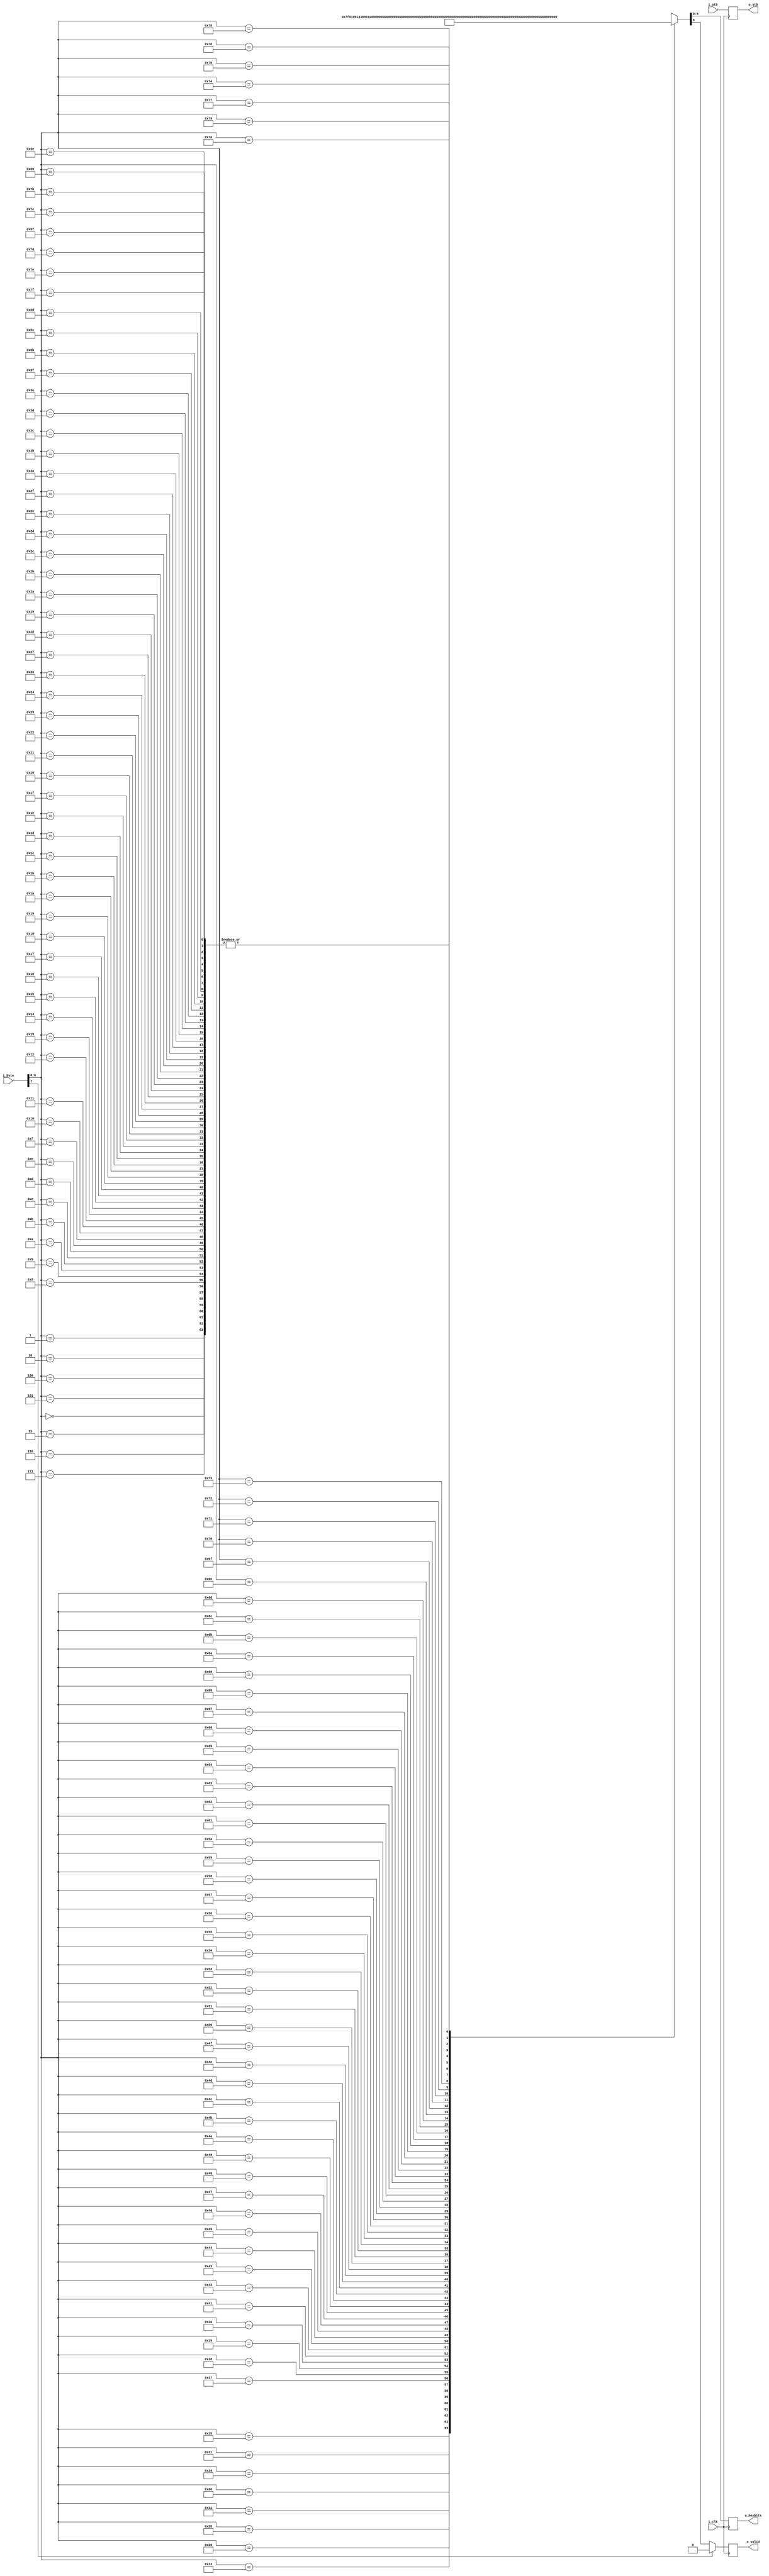
////////////////////////////////////////////////////////////////////////////////
//
//
// Project:	FPGA library
//
// Purpose:	Supports a printable character conversion from a printable
//		ASCII character to six bits of valid data.  The encoding is
//		as follows:
//
//		0-9	->	0-9
//		A-Z	->	10-35
//		a-z	->	36-61
//		@	->	62
//		%	->	63
//
//		Note that decoding is stateless, yet requires one clock.
//
//
// Creator:	Dan Gisselquist, Ph.D.
//		Gisselquist Technology, LLC
//
////////////////////////////////////////////////////////////////////////////////
//
// Copyright (C) 2015-2020, Gisselquist Technology, LLC
//
// This program is free software (firmware): you can redistribute it and/or
// modify it under the terms of  the GNU General Public License as published
// by the Free Software Foundation, either version 3 of the License, or (at
// your option) any later version.
//
// This program is distributed in the hope that it will be useful, but WITHOUT
// ANY WARRANTY; without even the implied warranty of MERCHANTIBILITY or
// FITNESS FOR A PARTICULAR PURPOSE.  See the GNU General Public License
// for more details.
//
// You should have received a copy of the GNU General Public License along
// with this program.  (It's in the $(ROOT)/doc directory.  Run make with no
// target there if the PDF file isn't present.)  If not, see
// <http://www.gnu.org/licenses/> for a copy.
//
// License:	GPL, v3, as defined and found on www.gnu.org,
//		http://www.gnu.org/licenses/gpl.html
//
//
////////////////////////////////////////////////////////////////////////////////
//
//
module	wbutohex(i_clk, i_stb, i_byte, o_stb, o_valid, o_hexbits);
	input	wire		i_clk, i_stb;
	input	wire	[7:0]	i_byte;
	output	reg		o_stb, o_valid;
	output	reg	[5:0]	o_hexbits;

	initial	o_stb = 1'b0;
	always @(posedge i_clk)
		o_stb <= i_stb;

	reg	[6:0]	remap	[0:127];

	integer	k;
	reg	[6:0]	newv;

	always @(*)
	// initial
	begin
		for(k=0; k<128; k=k+1)
		begin
			newv = 7'h40;
			// verilator lint_off WIDTH
			if ((k >= 48)&&(k <= 57)) // A digit
			begin
				newv = k;
				newv[6:4] = 3'b100;
			end else if ((k >= 65)&&(k <= 90)) // Upper case
			begin
				newv[5:0] = ((k&8'h3f) + 6'h09);// -'A'+10
				newv[6] = 1'b1;
			end else if ((k >= 97)&&(k <= 122))
				newv[5:0] = ((k&8'h3f) + 6'h03);	// -'a'+(10+26)
			// verilator lint_on WIDTH
			else if (k == 64) // An '@' sign
				newv[5:0] = 6'h3e;
			else if (k == 37) // A '%' sign
				newv[5:0] = 6'h3f;
			else
				newv = 0;

			remap[k] = newv;
		end
	end
		
	always @(posedge i_clk)
	begin
		{ o_valid, o_hexbits } <= remap[i_byte[6:0]];
		if (i_byte[7])
			o_valid <= 0;
	end


`ifdef	FORMAL
// Formal properties for this module are maintained elsewhere
`endif
endmodule